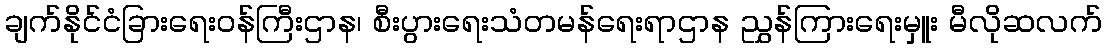
ချက်နိုင်ငံခြားရေးဝန်ကြီးဌာန၊ စီးပွားရေးသံတမန်ရေးရာဌာန ညွှန်ကြားရေးမှူး မီလိုဆလက်